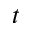
t